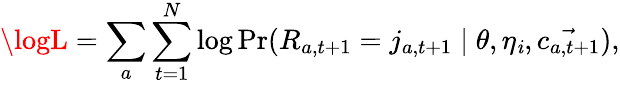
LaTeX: \logL=\sum_{a}\sum_{t=1}^{N}\log\operatorname*{Pr}(R_{a,t+1}=j_{a,t+1}\mid\theta,\eta_{\mathit{i}},\vec{{c_{a,t+1}}}),